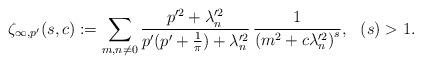
LaTeX: \begin{align*}\zeta_{\infty,p^{\prime}}(s,c):=\sum_{m,n\neq0}\frac{p^{\prime2}+\lambda_{n}^{\prime2}}{p^{\prime}(p^{\prime}+\frac{1}{\pi})+\lambda_{n}^{\prime2}}\,\frac{1}{\left(m^{2}+c\lambda_{n}^{\prime2}\right)^{s}},\,\,\,\,(s)>1.\end{align*}